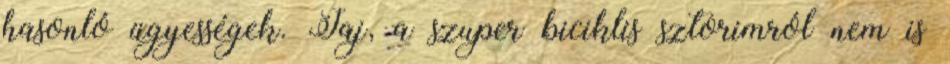
hasonló ügyességek. Jaj, a szuper biciklis sztorimról nem is